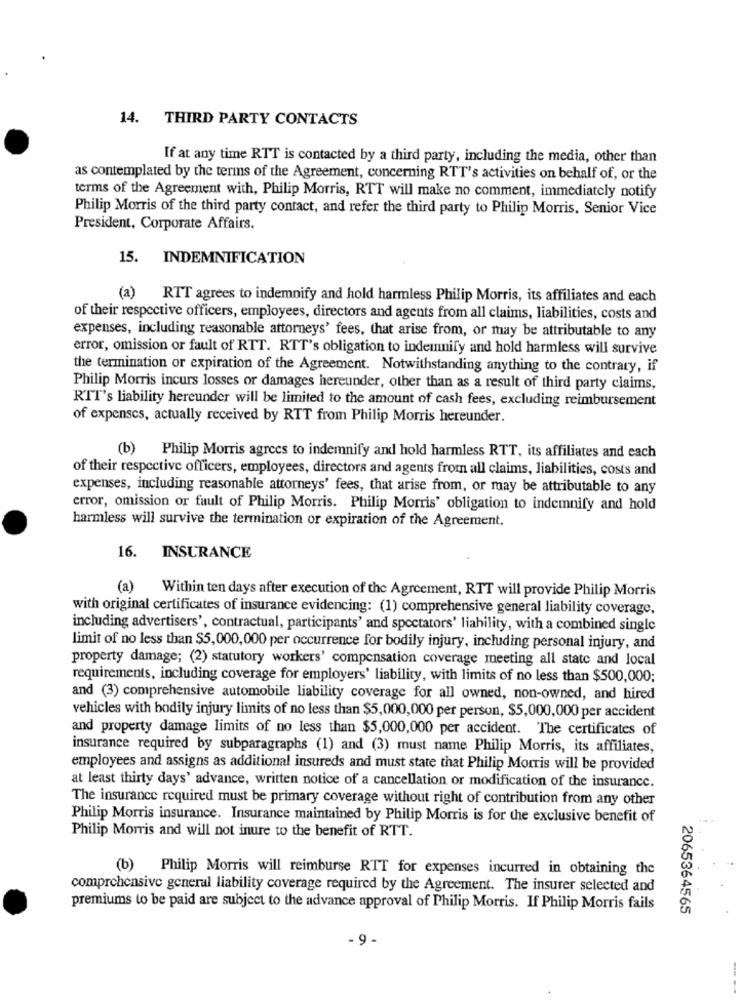
14. THIRD PARTY CONTACTS
If at any time RTT is contacted by a third party, including the media, other than
as contemplated by the terms of the Agreement, concerning RTT's activities on behalf of, or the
terms of the Agreement with, Philip Morris, RTT will make no comment, immediately notify
Philip Morris of the third party contact, and refer the third party to Philip Morris, Senior Vice
President, Corporate Affairs.
15. INDEMNIFICATION
(a)
RTT agrees to indemnify and hold harmless Philip Morris, its affiliates and each
of their respective officers, employees, directors and agents from all claims, liabilities, costs and
expenses, including reasonable attorneys' fees, that arise from, or may be attributable to any
error, omission or fault of RTT. RTT's obligation to indemnify and hold harmless will survive
the termination or expiration of the Agreement. Notwithstanding anything to the contrary, if
Philip Morris incurs losses or damages hereunder, other than as a result of third party claims,
RTT's liability hereunder will be limited to the amount of cash fees, excluding reimbursement
of expenses, actually received by RTT from Philip Morris hereunder.
(b) Philip Morris agrees to indemnify and hold harmless RTT, its affiliates and each
of their respective officers, employees, directors and agents from all claims, liabilities, costs and
expenses, including reasonable attorneys' fees, that arise from, or may be attributable to any
error, omission or fault of Philip Morris. Philip Morris' obligation to indemnify and hold
harmless will survive the termination or expiration of the Agreement.
16.
INSURANCE
(a)
Within ten days after execution of the Agreement, RTT will provide Philip Morris
with original certificates of insurance evidencing: (1) comprehensive general liability coverage,
including advertisers', contractual, participants' and spectators' liability, with a combined single
limit of no less than $5,000,000 per occurrence for bodily injury, including personal injury, and
property damage; (2) statutory workers' compensation coverage meeting all state and local
requirements, including coverage for employers' liability, with limits of no less than $500,000;
and (3) comprehensive automobile liability coverage for all owned, non-owned, and hired
vehicles with bodily injury limits of no less than $5,000,000 per person, $5,000,000 per accident
and property damage limits of no less than $5,000,000 per accident. The certificates of
insurance required by subparagraphs (1) and (3) must name Philip Morris, its affiliates,
employees and assigns as additional insureds and must state that Philip Morris will be provided
at least thirty days' advance, written notice of a cancellation or modification of the insurance.
The insurance required must be primary coverage without right of contribution from any other
Philip Morris insurance. Insurance maintained by Philip Morris is for the exclusive benefit of
Philip Morris and will not inure to the benefit of RTT.
(b) Philip Morris will reimburse RTT for expenses incurred in obtaining the
comprehensive general liability coverage required by the Agreement. The insurer selected and
premiums to be paid are subject to the advance approval of Philip Morris. If Philip Morris fails
2065364565
- 9 .